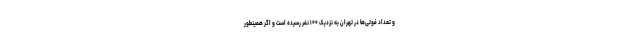
و تعداد فوتی‌ها در تهران به نزدیک ۱۰۰ نفر رسیده است و اگر همینطور